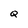
Character: Q